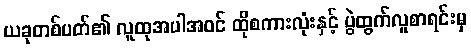
ယခုတစ်ပတ်၏ လူထုအပါအဝင် ထိုစကားလုံးနှင့် ပွဲထွက်လူစာရင်းမှ